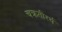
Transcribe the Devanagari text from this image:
चक्रतीरर्थ